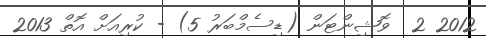
2012 2  ވޮޝިންޓަން (ޑިސެމްބަރު 5) - ކުރިއަށް އޮތް 2013